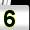
Digit: 5